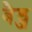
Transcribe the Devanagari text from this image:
बैड्ज